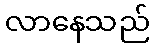
လာနေသည်